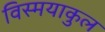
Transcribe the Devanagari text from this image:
विस्मयाकुल